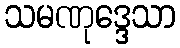
သမဏုဒ္ဒေသာ